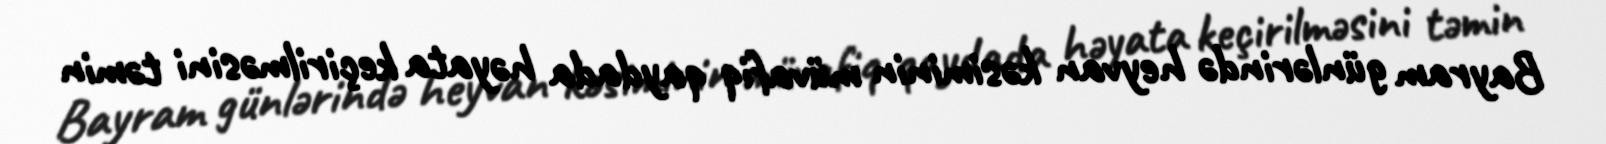
Bayram günlərində heyvan kəsiminin müvafiq qaydada həyata keçirilməsini təmin